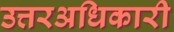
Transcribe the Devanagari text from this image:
उत्तरअधिकारी